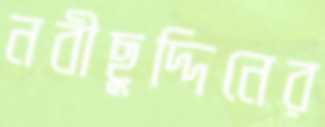
নবীছুদ্দিনের